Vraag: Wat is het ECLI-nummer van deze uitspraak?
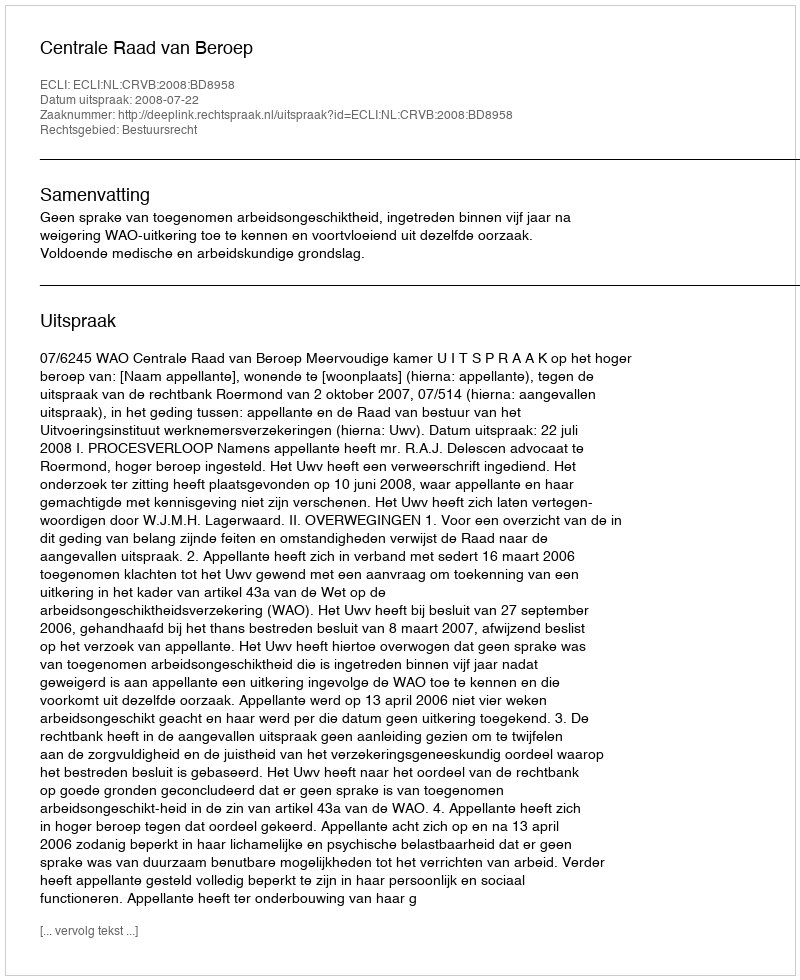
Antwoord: ECLI:NL:CRVB:2008:BD8958